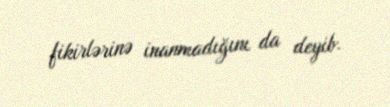
fikirlərinə inanmadığını da deyib.